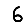
Digit: 6